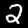
Digit: 2